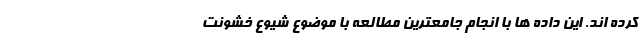
کرده اند. این داده ها با انجام جامعترین مطالعه با موضوع شیوع خشونت